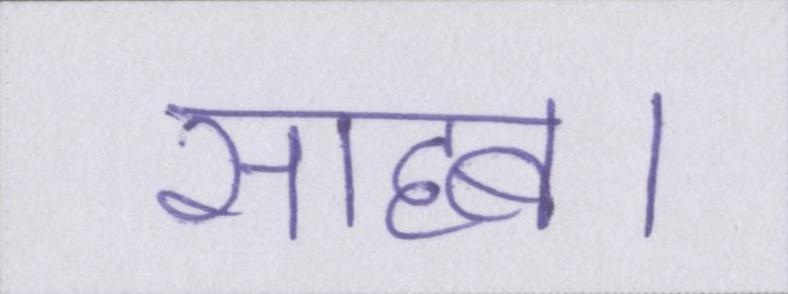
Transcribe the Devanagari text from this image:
साहब।